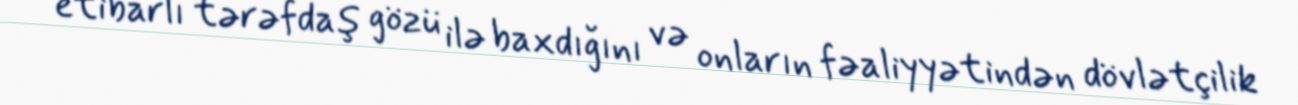
etibarlı tərəfdaş gözü ilə baxdığını və onların fəaliyyətindən dövlətçilik